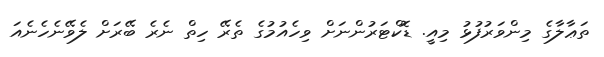
ތަޢާލާގެ މިންވަރުފުޅު މިއީ. ޑޮކްޓަރުންނަށް ވިހެއުމުގެ ތެރޭ ހިތް ނެރެ ބޭރަށް ލެވޭނެހެނެއަ